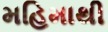
મહિમાથી